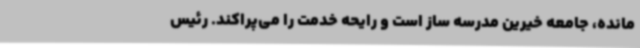
مانده، جامعه خیرین مدرسه ساز است و رایحه خدمت را می‌پراکند. رئیس